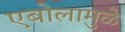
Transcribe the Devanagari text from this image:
एबोलामुळे